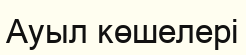
Ауыл көшелері